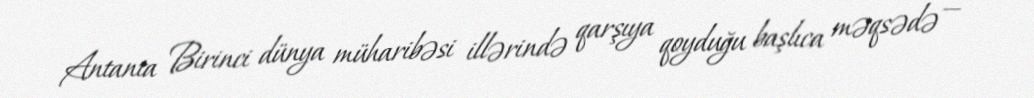
Antanta Birinci dünya müharibəsi illərində qarşıya qoyduğu başlıca məqsədə —